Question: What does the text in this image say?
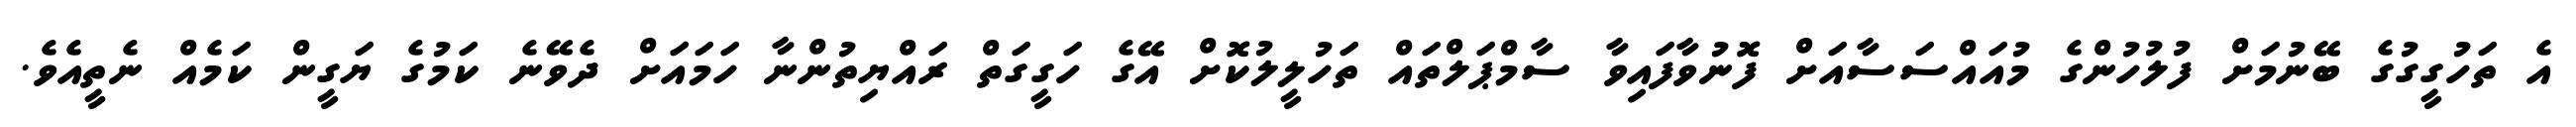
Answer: އެ ތަހުގީގުގެ ބޭނުމަށް ފުލުހުންގެ މުއައްސަސާއަށް ފޮނުވާފައިވާ ސާމްޕަލްތައް ތަހުލީލުކޮށް އޭގެ ހަގީގަތް ރައްޔިތުންނާ ހަމައަށް ދެވޭނެ ކަމުގެ ޔަގީން ކަމެއް ނެތީއެވެ.